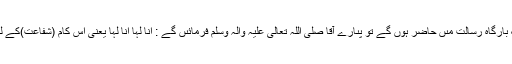
پھر جب لوگ بارگاہِ رِسالت مىں حاضِر ہوں گے تو پىارے آقا صَلَّی اللّٰہُ تَعَالٰی عَلَیْہِ وَاٰلہٖ وَسَلَّم فرمائىں گے : اَنَا لَہَا اَنَا لَہَا یعنی اِس کام (شَفاعت)کے لىے مىں ہوں ۔